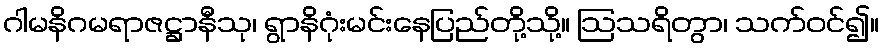
ဂါမနိဂမရာဇဋ္ဌာနီသု၊ ရွာနိဂုံးမင်းနေပြည်တို့သို့။ ဩသရိတွာ၊ သက်ဝင်၍။